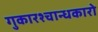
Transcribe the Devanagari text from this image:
गुकारश्चान्धकारो